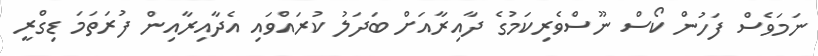
ނަމަވެސް ފަހުން ކޯސް ނޫސްވެރިކަމުގެ ދާއިރާއަށް ބަދަލު ކުރައްވައި އެެދާއިރާއިން ފުރަތަމަ ޑިގްރީ